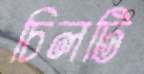
চিলটি